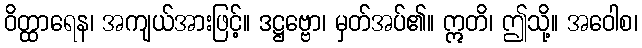
ဝိတ္ထာရေန၊ အကျယ်အားဖြင့်။ ဒဋ္ဌဗ္ဗော၊ မှတ်အပ်၏။ ဣတိ၊ ဤသို့။ အဝေါစ၊